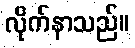
လိုက်နာသည်။